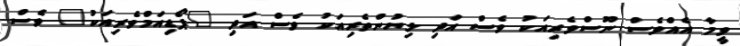
ވީމާ އެއްވެސް ނޫސްވެރިއަކު ވެސް އަދި ލިޔުންތެރިއަކު ވެސް އަދި "ޕޯޑިއަމްވެރިއަކު" ވެސް